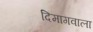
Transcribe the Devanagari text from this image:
दिमागवाला